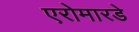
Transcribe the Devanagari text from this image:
एरोमारडे